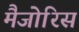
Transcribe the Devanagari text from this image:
मैजोरिस